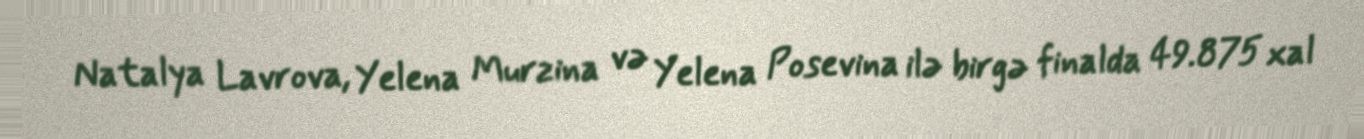
Natalya Lavrova, Yelena Murzina və Yelena Posevina ilə birgə finalda 49.875 xal